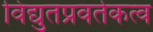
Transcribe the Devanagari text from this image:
विद्युतप्रवर्तकत्व